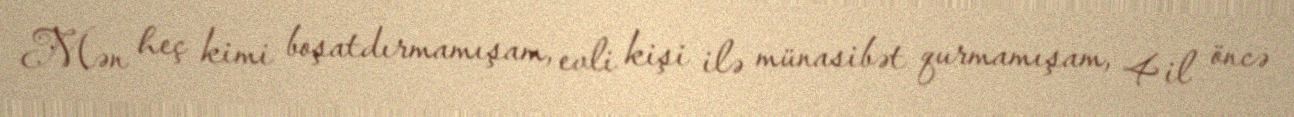
Mən heç kimi boşatdırmamışam, evli kişi ilə münasibət qurmamışam, 4 il öncə